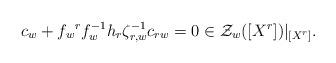
LaTeX: \begin{gather*}c_w + f_w {}^r f_w^{-1} h_r \zeta_{r,w}^{-1} c_{rw}=0\in {\cal Z}_w([X^r])|_{[X^r]}.\end{gather*}